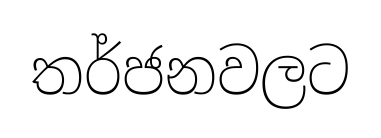
තර්ජනවලට